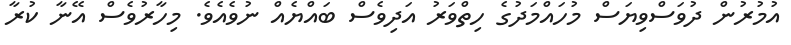
އުމުރުން ދުވަސްވިޔަސް މުހަައްމަދުގެ ހިތްވަރު އަދިވެސް ބައްޔެއް ނުވެއެވެ. މިހާރުވެސް އޭނާ ކުރާ